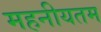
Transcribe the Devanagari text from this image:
महनीयतम